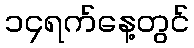
၁၄ရက်နေ့တွင်